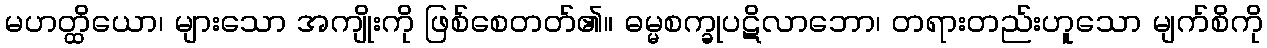
မဟတ္ထိယော၊ များသော အကျိုးကို ဖြစ်စေတတ်၏။ ဓမ္မစက္ခုပဋိလာဘော၊ တရားတည်းဟူသော မျက်စိကို